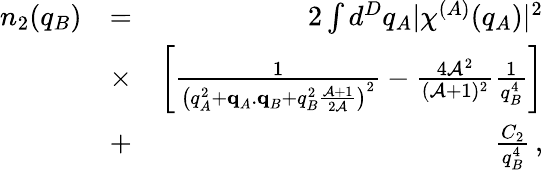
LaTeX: \begin{array}{rlr}{n_{2}(q_{B})}&{=}&{2\int d^{D}q_{A}\lvert\chi^{(A)}(q_{A})\rvert^{2}}\\ &{\times}&{\left[\frac{1}{\left(q_{A}^{2}+\textbf{q}_{A}.\textbf{q}_{B}+q_{B}^{2}\frac{\mathcal{A}+1}{2\mathcal{A}}\right)^{2}}-\frac{4\mathcal{A}^{2}}{(\mathcal{A}+1)^{2}}\frac{1}{q_{B}^{4}}\right]}\\ &{+}&{\frac{C_{2}}{q_{B}^{4}}\, ,}\end{array}